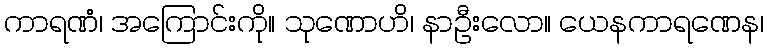
ကာရဏံ၊ အကြောင်းကို။ သုဏောဟိ၊ နာဦးလော။ ယေနကာရဏေန၊